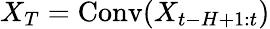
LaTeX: X_{T}=\operatorname{Conv}(X_{t-H+1:t})